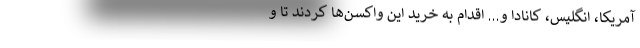
آمریکا، انگلیس، کانادا و... اقدام به خرید این واکسن‌ها کردند تا و